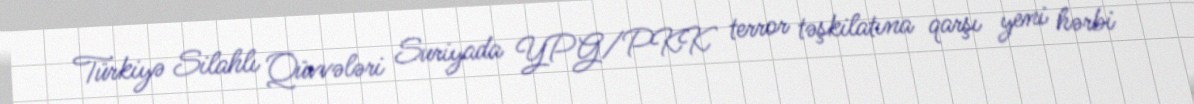
Türkiyə Silahlı Qüvvələri Suriyada YPG/PKK terror təşkilatına qarşı yeni hərbi